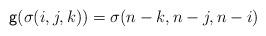
LaTeX: \begin{align*}\textsf{g}(\sigma(i,j,k))=\sigma(n-k,n-j,n-i)\end{align*}